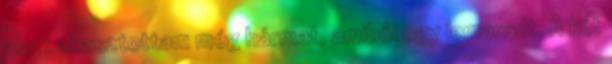
alatt akasztottam még hármat, amiből egy lemaradt. A két